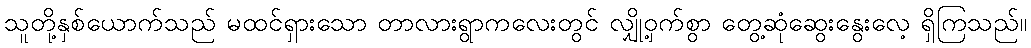
သူတို့နှစ်ယောက်သည် မထင်ရှားသော တာလားရွာကလေးတွင် လျှို့ဝှက်စွာ တွေ့ဆုံဆွေးနွေးလေ့ ရှိကြသည်။